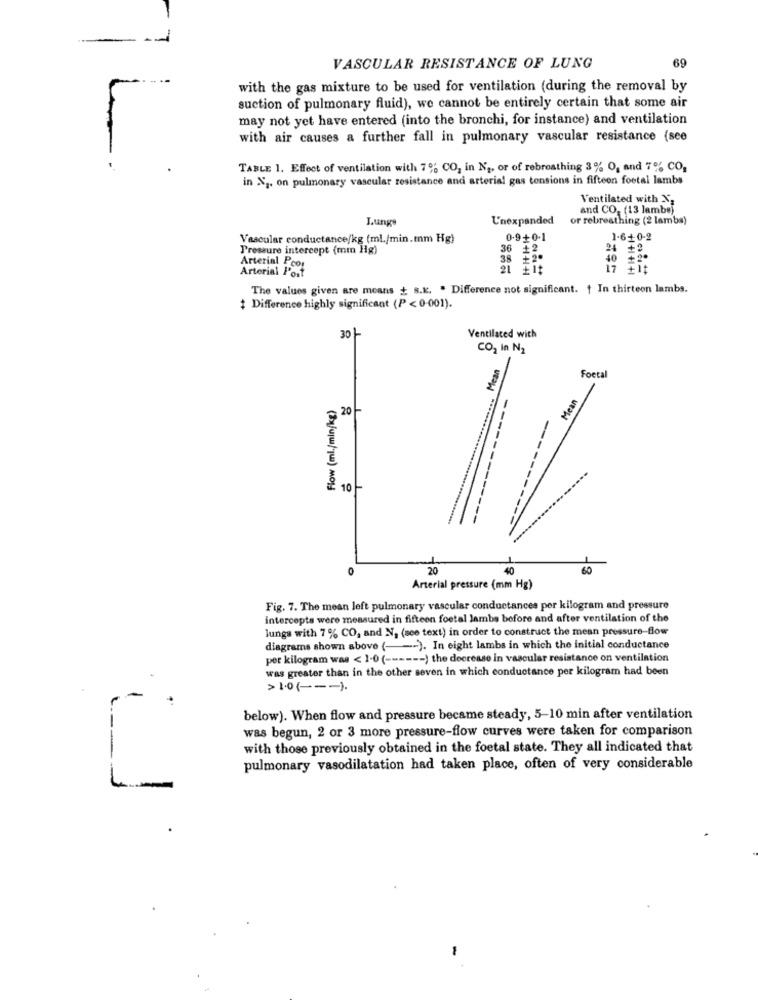
-1
69
VASCULAR RESISTANCE OF LUNG
with the gas mixture to be used for ventilation (during the removal by
suction of pulmonary fluid), we cannot be entirely certain that some air
may not yet have entered (into the bronchi, for instance) and ventilation
with air causes a further fall in pulmonary vascular resistance (see
TABLE 1. Effect of ventilation with 7% CO, in N2, or of rebreathing 3% O, and 7% CO,
in X2. on pulmonary vascular resistance and arterial gas tonsions in fifteen footal lambs
Ventilated with X,
and CO2 (13 lambs)
Lungo
U'nexpanded
or rebreathing (2 lambs)
Vascular conductance/kg (ml./min.mm Hg)
0.9+0-1
1-6+0-2
Pressure intercept (mm Hg)
36
24 +2
Arterial Pcor
40 #2º
Arterial l'ost
2 žit
The values given are means + s.K. . Difference not significant. f In thirteen lambs.
Difference highly significant (P < 0-001).
30
Ventilated with
CO2 in N2
Mean
Foetal
Flow (ml./min/kg)
Mean
20
10
----------
0
20
40
60
Arterial pressure (mm Hg)
Fig. 7. The mean left pulmonary vascular conductances per kilogram and pressure
intercepts were measured in fifteen foetal lambs before and after ventilation of the
lungs with 7% CO, and N, (see text) in order to construct the mean pressure-flow
diagrams shown above ( --- ). In eight lambs in which the initial conductance
per kilogram was < 1-0 ( ------ ) the decrease in vascular resistance on ventilation
was greater than in the other seven in which conductance per kilogram had been
> 1.0 ( --- ).
-
below). When flow and pressure became steady, 5-10 min after ventilation
was begun, 2 or 3 more pressure-flow curves were taken for comparison
with those previously obtained in the foetal state. They all indicated that
pulmonary vasodilatation had taken place, often of very considerable
L